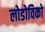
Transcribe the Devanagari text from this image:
लोडोविको